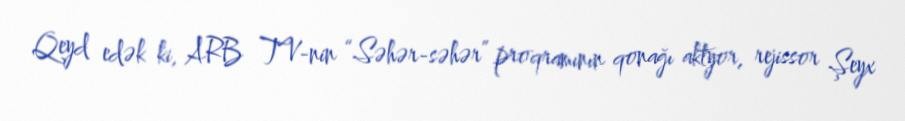
Qeyd edək ki, ARB TV-nin “Səhər-səhər” proqramının qonağı aktyor, rejissor Şeyx